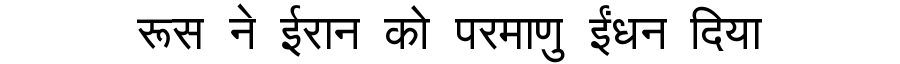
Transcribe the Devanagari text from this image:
रूस ने ईरान को परमाणु ईंधन दिया